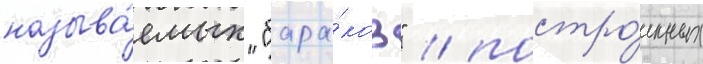
называ́емых "бара́ков" / постро́енных